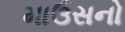
માઉસનો